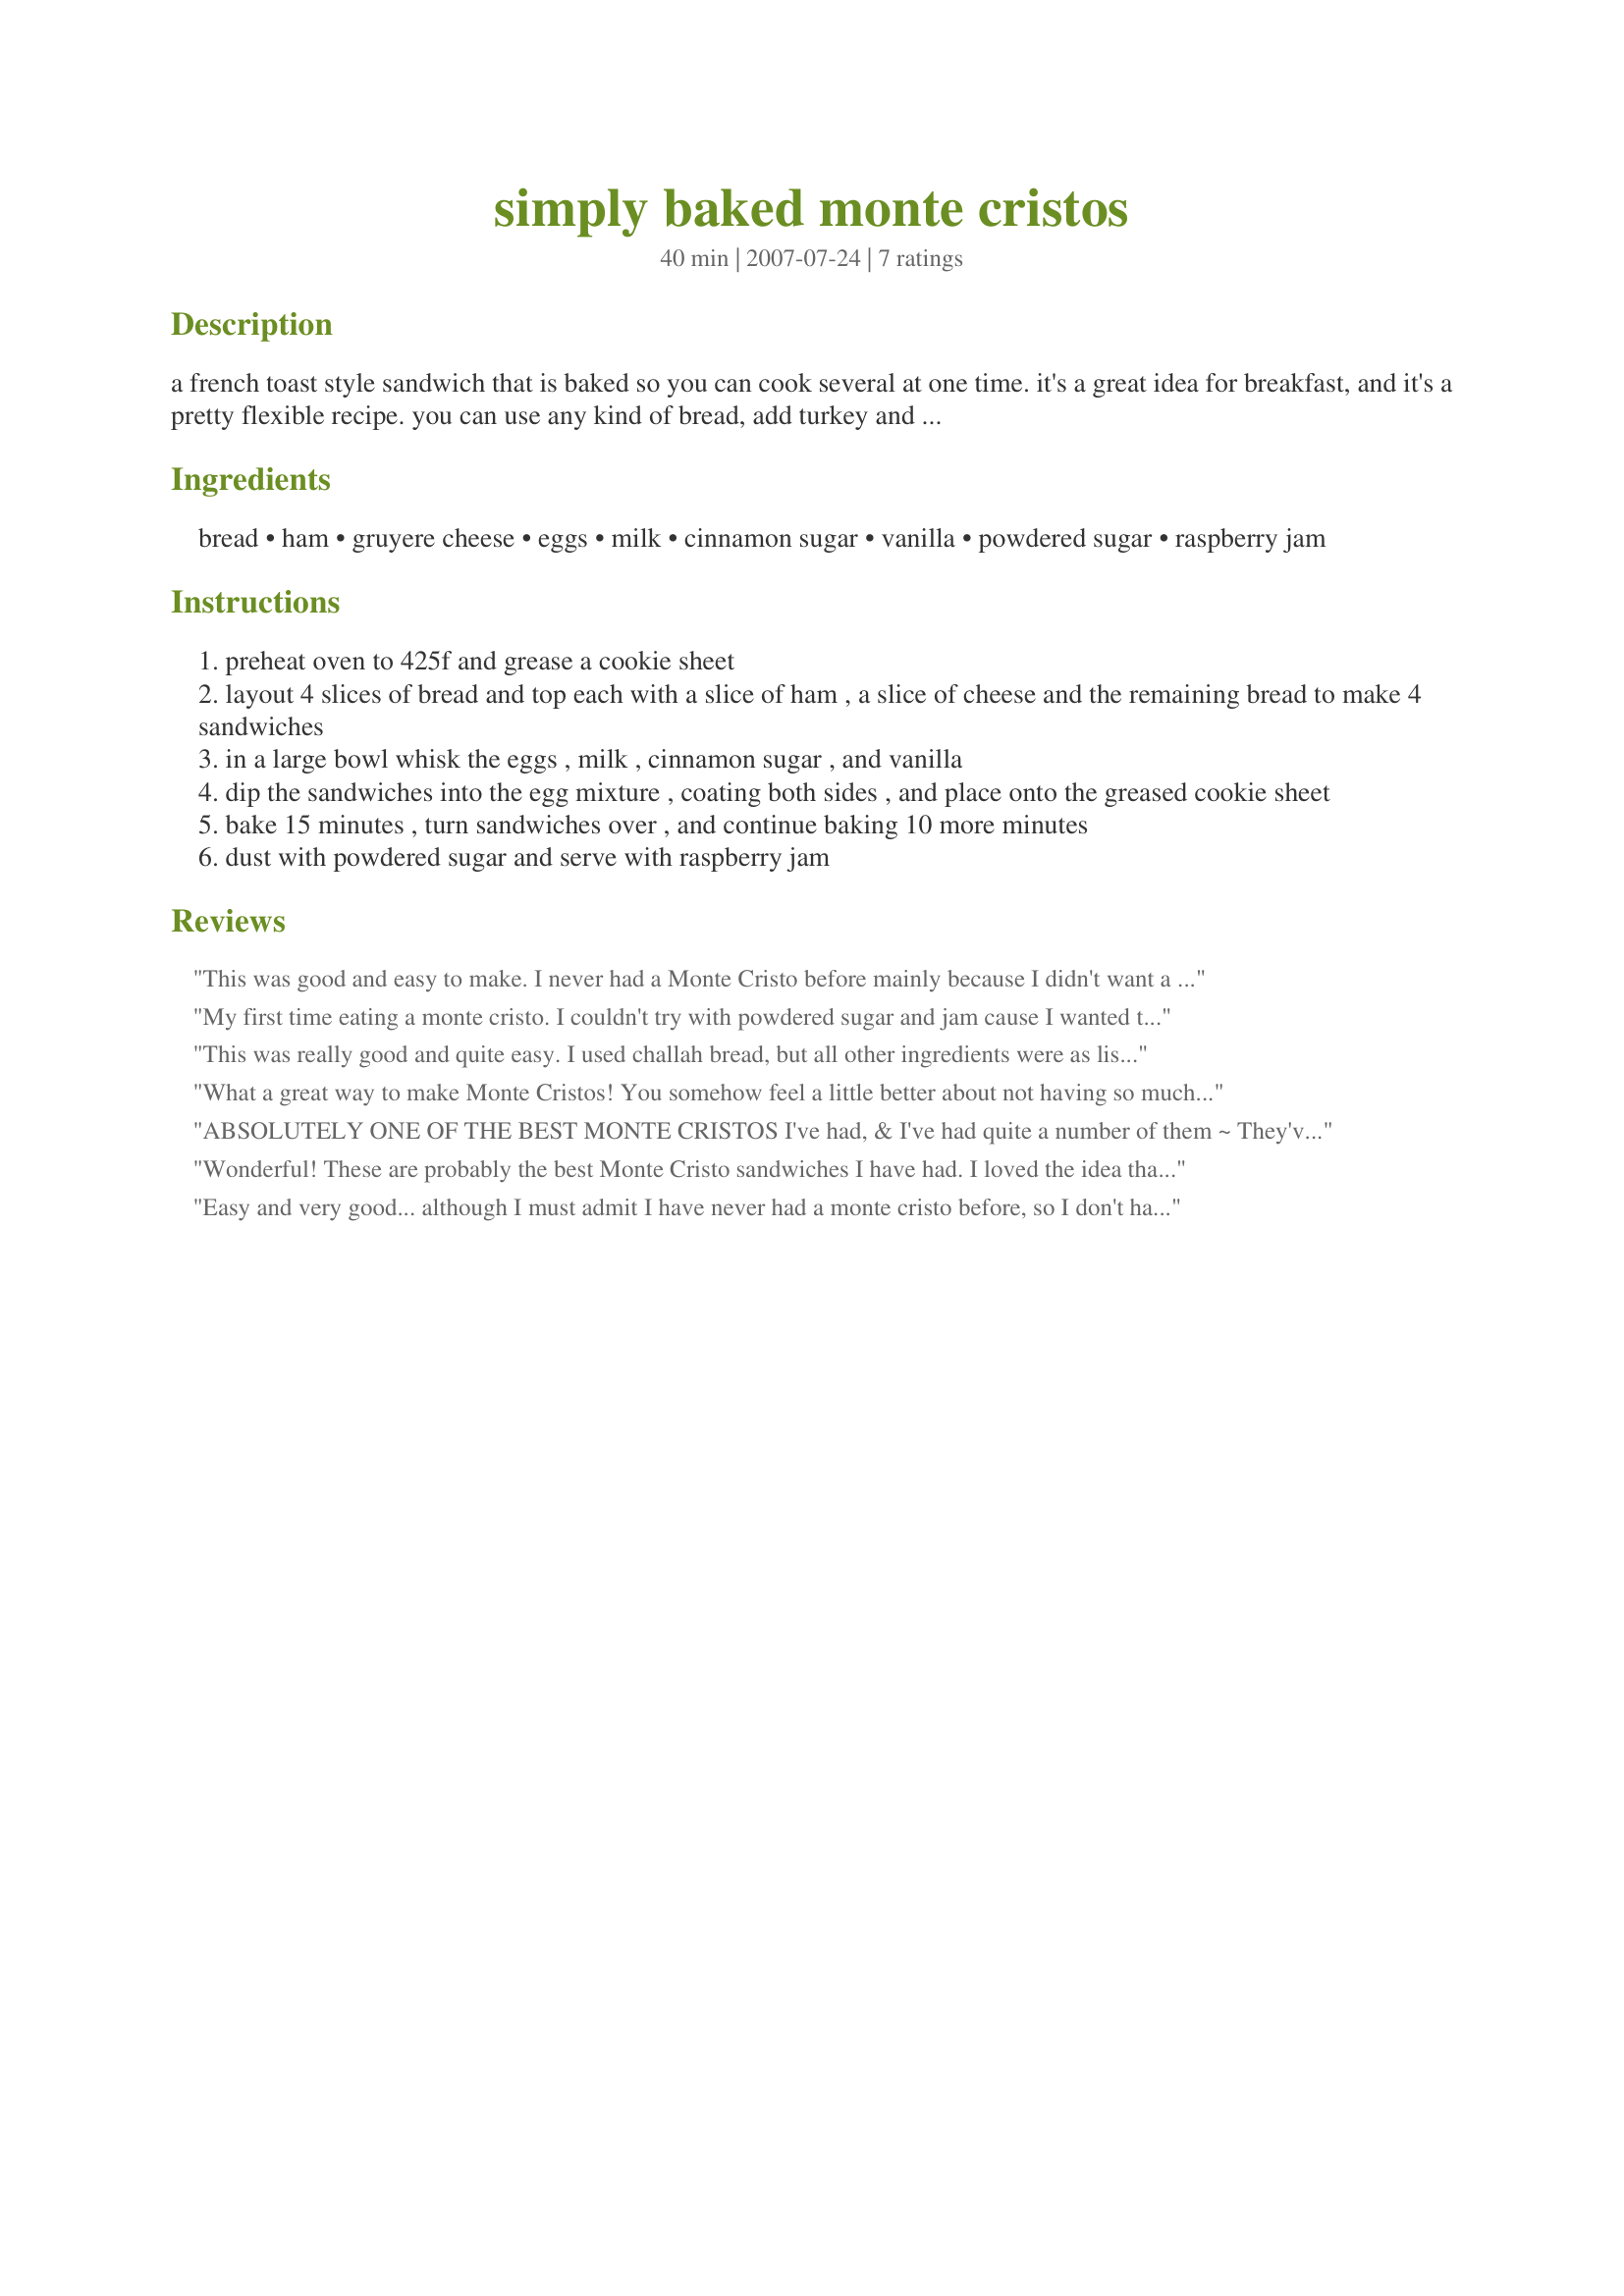
simply baked monte cristos
Preparation time: 40 minutes

a french toast style sandwich that is baked so you can cook several at one time. it's a great idea for breakfast, and it's a pretty flexible recipe. you can use any kind of bread, add turkey and another layer of bread to make a triple decker, and even add mustard.

Ingredients:
bread, ham, gruyere cheese, eggs, milk, cinnamon sugar, vanilla, powdered sugar, raspberry jam

Steps:
preheat oven to 425f and grease a cookie sheet
layout 4 slices of bread and top each with a slice of ham , a slice of cheese and the remaining bread to make 4 sandwiches
in a large bowl whisk the eggs , milk , cinnamon sugar , and vanilla
dip the sandwiches into the egg mixture , coating both sides , and place onto the greased cookie sheet
bake 15 minutes , turn sandwiches over , and continue baking 10 more minutes
dust with powdered sugar and serve with raspberry jam

Reviews:
This was good and easy to make. I never had a Monte Cristo before mainly because I didn't want a "fried" sandwich. I liked that this was baked.
My first time eating a monte cristo. I couldn't try with powdered sugar and jam cause I wanted to use maple syrup. With maple syrup we really loved this. For each, we used 2 slices of extra-lean ham. And I used emmenthal cheese. I used skim milk. Thanks RecipeReader. Made for Please Review My Recipe.
This was really good and quite easy. I used challah bread, but all other ingredients were as listed. I sprinkled powdered sugar on them but used fresh maple syrup in lieu of the jam. Really delightful! Made for PRMR Tag Game.
What a great way to make Monte Cristos! You somehow feel a little better about not having so much grease. The sandwich is delicious and there were no complaints here. I used French Bread and Swiss Cheese with some smoked ham. I didn't add the powdered sugar as I thought they looked lovely without it. I did have a little problem with a couple of them sticking to the pan although I was quite generous with the PAM. Parchment paper would likely be a good idea. I did try using some maple syrup and thought it was nice. I did really like them just as they were though and I even thought they tasted good when cool. I loved the hint of vanilla and bit of sweetness. All in all a very good recipe and I know my guys would be happy to see them on the table again. Thanks for sharing your recipe. Made for PAC 2010
ABSOLUTELY ONE OF THE BEST MONTE CRISTOS I've had, & I've had quite a number of them ~ They've always been one of my favorite sandwiches! Followed your ingredients & prep right down the line & it couldn't have come out better ~ Enjoyed the use of the gruyere cheese!! Thanks for a real keeper! [Eagerly tagged, lovingly made & appreciatively reviewed in Please Review My Recipe!!]
Wonderful! These are probably the best Monte Cristo sandwiches I have had. I loved the idea that they were baked and not fried. I did trim the crust off the bread and baked these on a Silpat Mat. The sandwiches were nice and cruncy without added fat. This made a delicious breakfast with the raspberry jam and fresh fruit. Made for PAC Spring 2008.
Easy and very good... although I must admit I have never had a monte cristo before, so I don't have much to compare to. What I do know is that this was very easy to do and was like a french-toast sandwich. I used about 3/4 cup of egg beaters, skim milk, turkey and swiss cheese. I made 3 sandwiches for my family of three and then tried to rush a fourth sandwich... not such a good idea, it really does need 10-15 minutes per side to firm up, otherwise it will stick. I lined my baking sheet with parchment. All in all, I plan to make this again! Made for Please Review my Recipe game.
